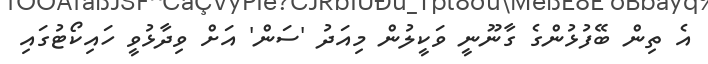
އެ ތިން ބޭފުޅުންގެ ގާނޫނީ ވަކީލުން މިއަދު 'ސަން' އަށް ވިދާޅުވީ ހައިކޯޓުގައި